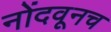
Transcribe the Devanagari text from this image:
नोंदवूनच